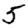
Digit: 5